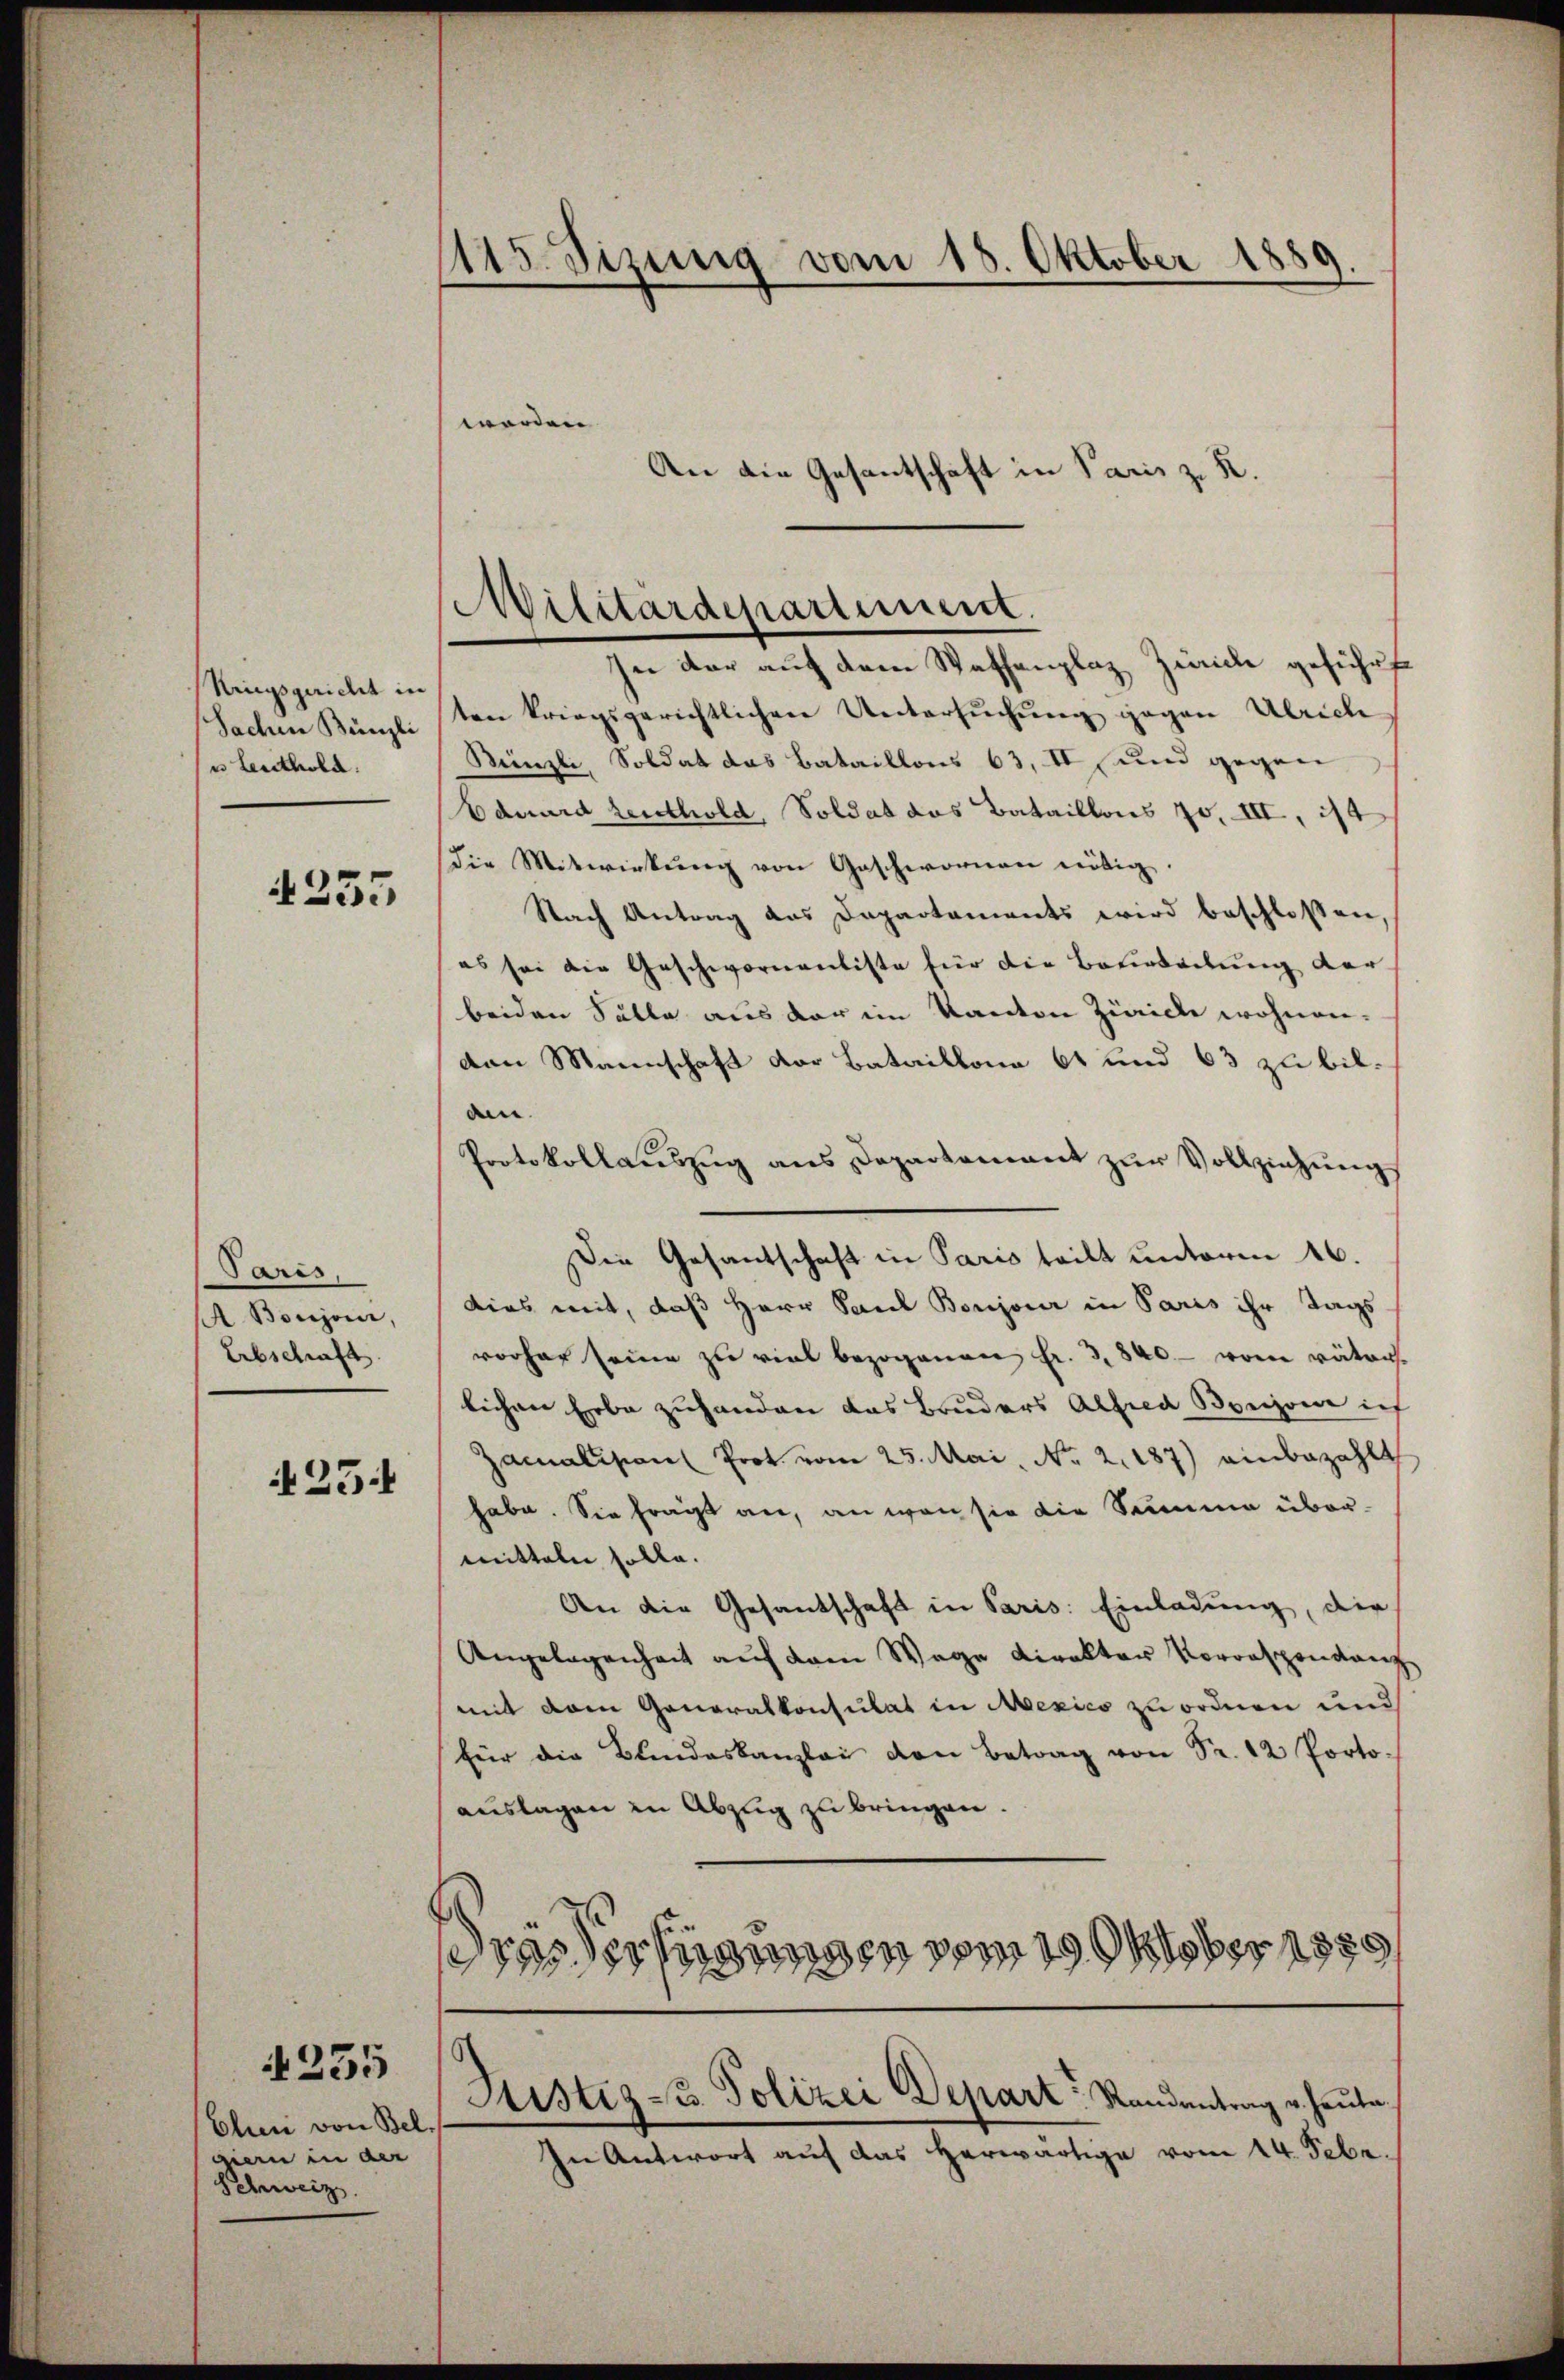
Ningspuricht in
Sachen Bünzli
u Leuthold.

355

Paris,
 Boujour,
Erbschraft.

25:

Chen von Bel.
mern in der
Schweiz.

235

Mts. Sizung vom 18. Oktober 1889.

worden

In der auf dem Waffenplaz Zürich geführt
ten kriegsgerichtlichen Untersuchung gegen Ulrich
Bünzli, Soldat das Bataillons 63, II und gegen
Eduard Leuthold, Soldat das Bataillons 70. III, 114
Die Mitwirkung von Geschwornen nötig.
Nach Antrag das Dapartements wird beschlossen,
es sei die Geschwornantiste für die Beurteilung der
beiden Solle aus der im Kanton Zürich wohnen-
den Mannschaft der Bataillona 61 und 63 zu bil-
an.
Protokollauszug aus Departement zur Vollziehung
Die Gesantschaft in Paris teilt unterm 16.
dies mit, daß Herr Paul Boujour in Paris ihr Tags
vorher seine zu viel bezogenen Fr. 3840 - vom väter-
lichen Erbe zuhanden das Bruders Alfred Bonzone ich
Zamalision Prot. vom 25. Mai, No 2.187) einbezahlt
habe. Sie fragt an, an wan sie die Summe übermitteln solle.
An die Gesantschaft in Paris: Einladung, die
Angelegenheit auf dem Wege Direktor Vororspendang
mit dem Generalkonsulat in Mexico zu ordnen und
für die Blindeskanzlei den Betrag von Fr. 12 Porto-
auslagen in Abzug zu bringen.
ras dersagungen vom 199ber 1889

An die Gesantschaft in Paris z. K.

Militärdepartement.

Justiz- & Polizei Depart Randantrag u. heute

In Antwort auf das herwärtige vom 14. Febr.